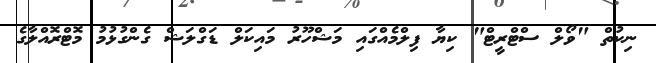
ނިކުތް "ވޯލް ސްޓްރީޓް" ކިޔާ ފިލްމެއްގައި މަޝްހޫރު މައިކަލް ޑަގްލަޝް ގެންގުޅުމު މޮޓްރޮއްލާގެ